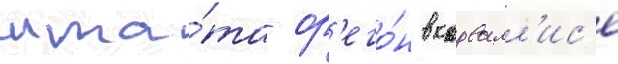
шта́та ор'его́н в корвалл'ис'е